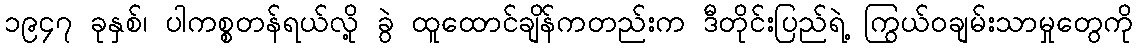
၁၉၄၇ ခုနှစ်၊ ပါကစ္စတန်ရယ်လို့ ခွဲ ထူထောင်ချိန်ကတည်းက ဒီတိုင်းပြည်ရဲ့ ကြွယ်ဝချမ်းသာမှုတွေကို